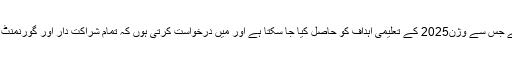
چیئر پرسن این سی ایچ ڈی زور دیتے ہوئے کہا کہ غیر رسمی تعلیم ہی صرف وہ راستہ ہے جس سے وژن2025 کے تعلیمی اہداف کو حاصل کیا جا سکتا ہے اور میں درخواست کرتی ہوں کہ تمام شراکت دار اور گورنمنٹ مل کر این سی ایچ ڈی کی مددکریں تاکہ ملک میں ناخواندگی کو جڑ سے ختم کیا جا سکے۔